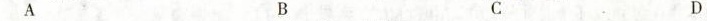
A B C D